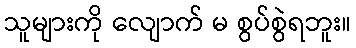
သူများကို လျောက် မ စွပ်စွဲရဘူး။